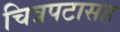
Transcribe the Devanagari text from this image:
चित्रपटासह